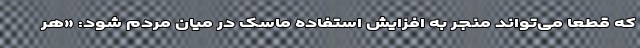
که قطعا می‌تواند منجر به افزایش استفاده ماسک در میان مردم شود: «هر